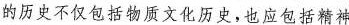
的历史不仅包括物质文化历史，也应包括精神